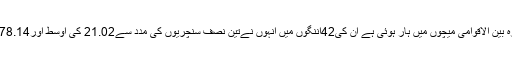
انکے ٹیم میں رہتے افغانستان کو جن42 ایک روزہ بین الاقوامی میچوں میں ہار ہوئی ہے ان کی42اننگوں میں انہوں نےتین نصف سنچریوں کی مدد سے21.02 کی اوسط اور78.14 کے اسڑائیک ریٹ کے ساتھ883 رن بنائے ہیں۔